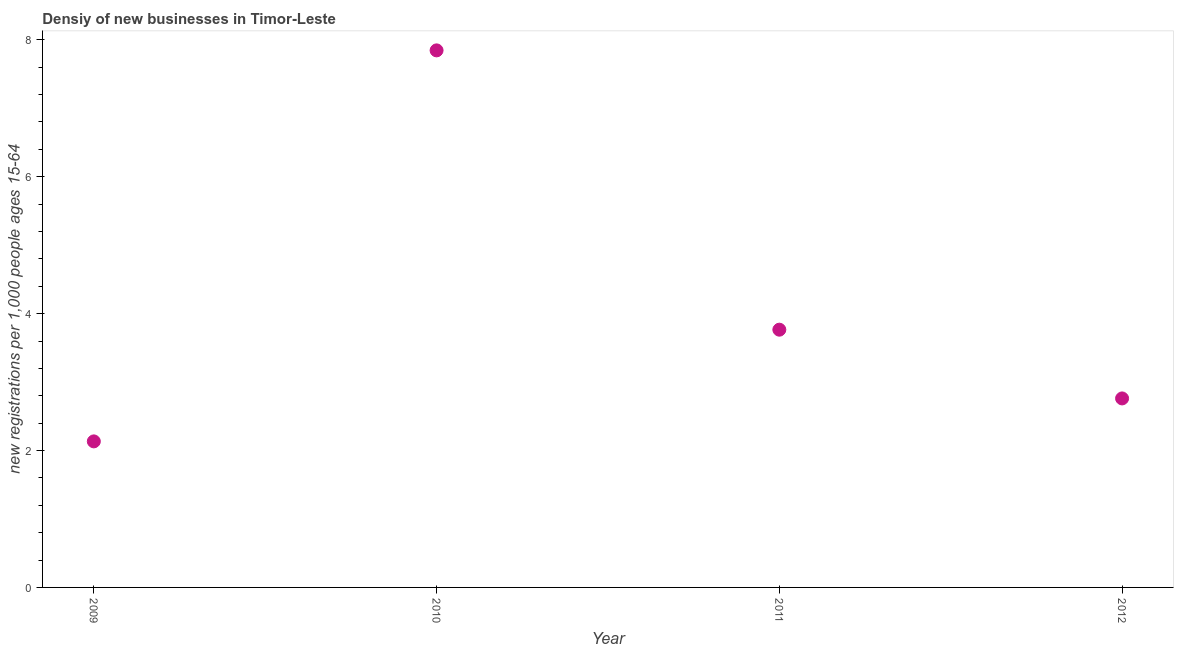
| Year | New business density |
 | --- | --- |
 | 2009 | 2.13 |
 | 2010 | 7.85 |
 | 2011 | 3.77 |
 | 2012 | 2.76 |